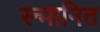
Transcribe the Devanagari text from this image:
स्न्मानित